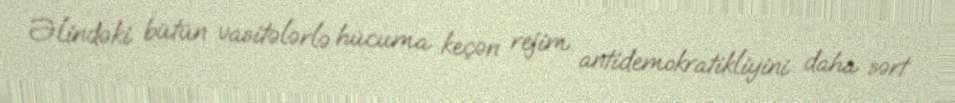
Əlindəki bütün vasitələrlə hücuma keçən rejim antidemokratikliyini daha sərt